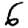
Digit: 6